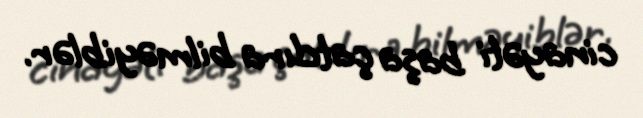
cinayəti başa çatdıra bilməyiblər.